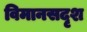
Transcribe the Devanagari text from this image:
विमानसदृश